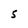
Character: S